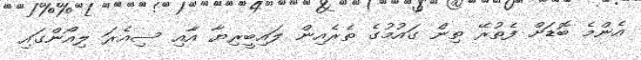
އެންމެ ބޮޑަށް ފެތުރޭ ތިން ގައުމުގެ ތެރެއިން ލައިބީރިޔާ އާއި ސިއެރަ ލިއޯންގައި